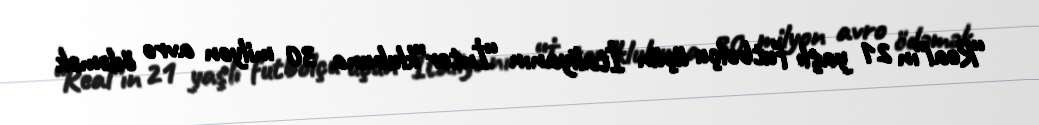
“Real”ın 21 yaşlı futbolçu üçün İtaliyanın “İnter”klubuna 30 milyon avro ödəmək